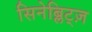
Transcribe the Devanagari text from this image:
सिनेब्लिट्ज़